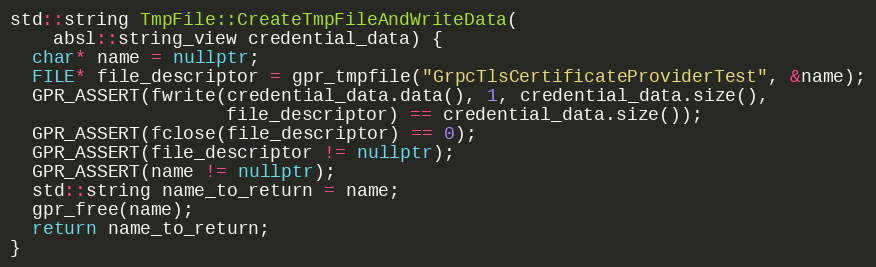
Language: C++
std::string TmpFile::CreateTmpFileAndWriteData(
    absl::string_view credential_data) {
  char* name = nullptr;
  FILE* file_descriptor = gpr_tmpfile("GrpcTlsCertificateProviderTest", &name);
  GPR_ASSERT(fwrite(credential_data.data(), 1, credential_data.size(),
                    file_descriptor) == credential_data.size());
  GPR_ASSERT(fclose(file_descriptor) == 0);
  GPR_ASSERT(file_descriptor != nullptr);
  GPR_ASSERT(name != nullptr);
  std::string name_to_return = name;
  gpr_free(name);
  return name_to_return;
}